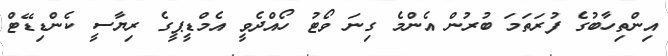
އިންތިހާބުގެ ފުރަތަމަ ބުރުން އެންމެ ގިނަ ވޯޓު ހޯއްދެވީ އެމްޑީޕީގެ ރިޔާސީ ކެންޑިޑޭޓް